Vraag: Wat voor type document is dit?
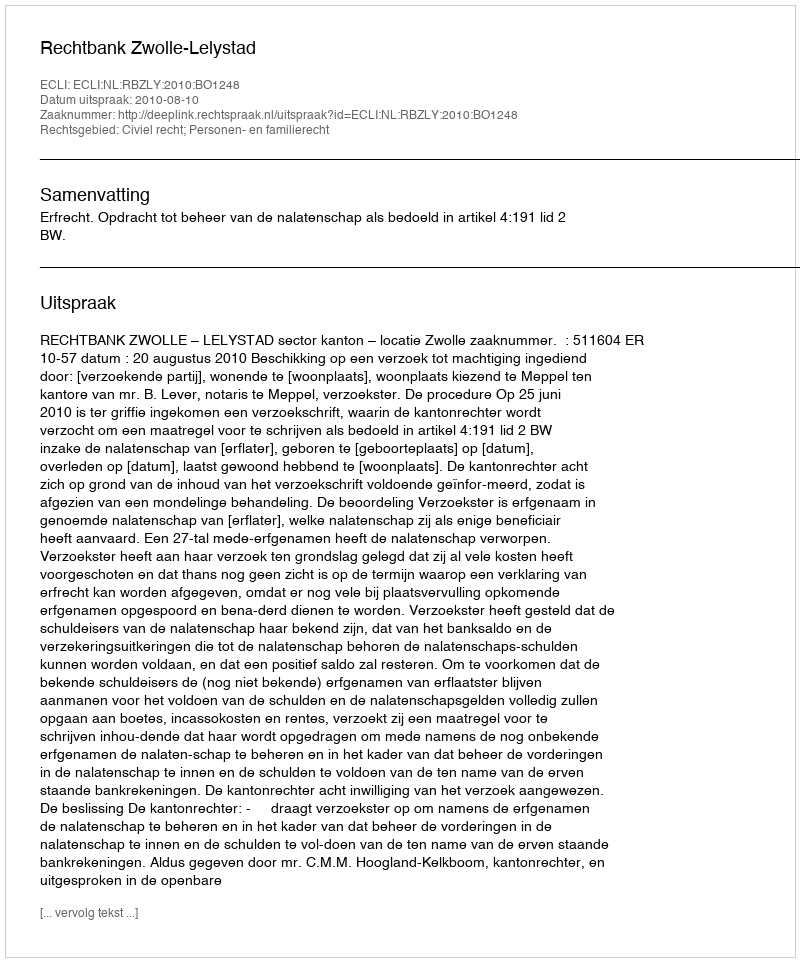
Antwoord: Uitspraak